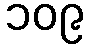
၁၀၉